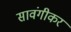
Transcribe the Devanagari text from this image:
सावंगीकर